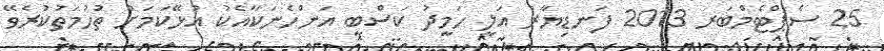
25 ސެޕްޓެމްބަރ 2013 ފަނޑިޔާރު އަލީ ހަމީދު ކަސްބީ އަންހެނަކާއެކު އުޅޭކަމަށް ތުހުމަތުކުރެވޭ